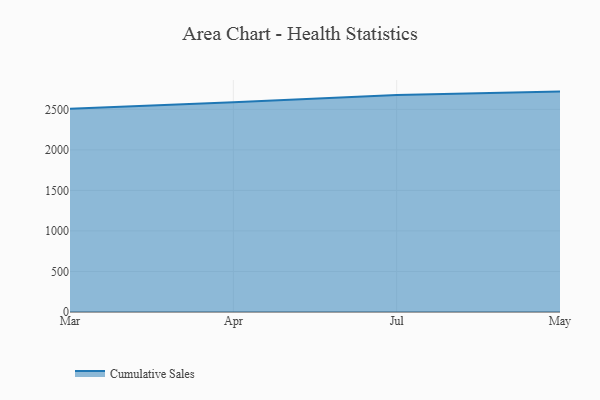
{"axis": {"x": "Month", "y": "Tickets Resolved"}, "legend": ["Cumulative Sales"], "data": [{"x": "Mar", "y": 2509.0, "type": "Cumulative Sales"}, {"x": "Apr", "y": 2587.3, "type": "Cumulative Sales"}, {"x": "Jul", "y": 2678.0, "type": "Cumulative Sales"}, {"x": "May", "y": 2719.3, "type": "Cumulative Sales"}]}